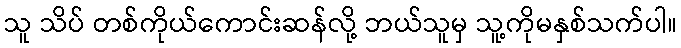
သူ သိပ် တစ်ကိုယ်ကောင်းဆန်လို့ ဘယ်သူမှ သူ့ကိုမနှစ်သက်ပါ။